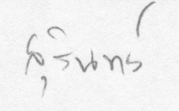
สุรินทร์